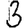
Digit: 3